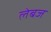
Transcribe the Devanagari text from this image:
लेबज